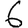
Digit: 6